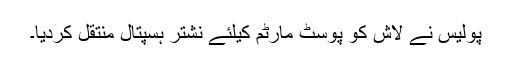
پولیس نے لاش کو پوسٹ مارٹم کیلئے نشتر ہسپتال منتقل کردیا۔